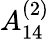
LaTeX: {A}_{14}^{(2)}